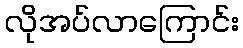
လိုအပ်လာကြောင်း